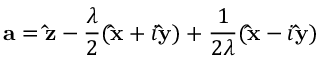
{ \mathbf { a } } = { \mathbf { \hat { z } } } - { \frac { \lambda } { 2 } } ( { \mathbf { \hat { x } } } + i { \mathbf { \hat { y } } } ) + { \frac { 1 } { 2 \lambda } } ( { \mathbf { \hat { x } } } - i { \mathbf { \hat { y } } } )